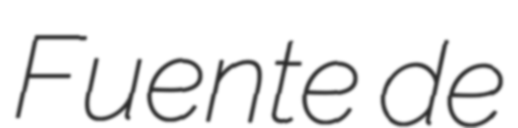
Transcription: Fuente de